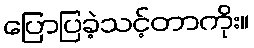
ပြောပြခဲ့သင့်တာကိုး။